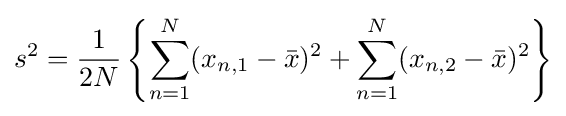
s^{2}={\frac {1}{2N}}\left\{\sum _{n=1}^{N}(x_{n,1}-{\bar {x}})^{2}+\sum _{n=1}^{N}(x_{n,2}-{\bar {x}})^{2}\right\}